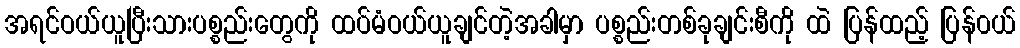
အရင်ဝယ်ယူပြီးသားပစ္စည်းတွေကို ထပ်မံဝယ်ယူချင်တဲ့အခါမှာ ပစ္စည်းတစ်ခုချင်းစီကို ထဲ ပြန်ထည့် ပြန်၀ယ်